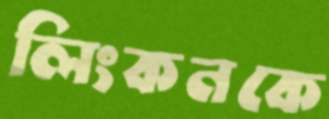
লিংকনকে